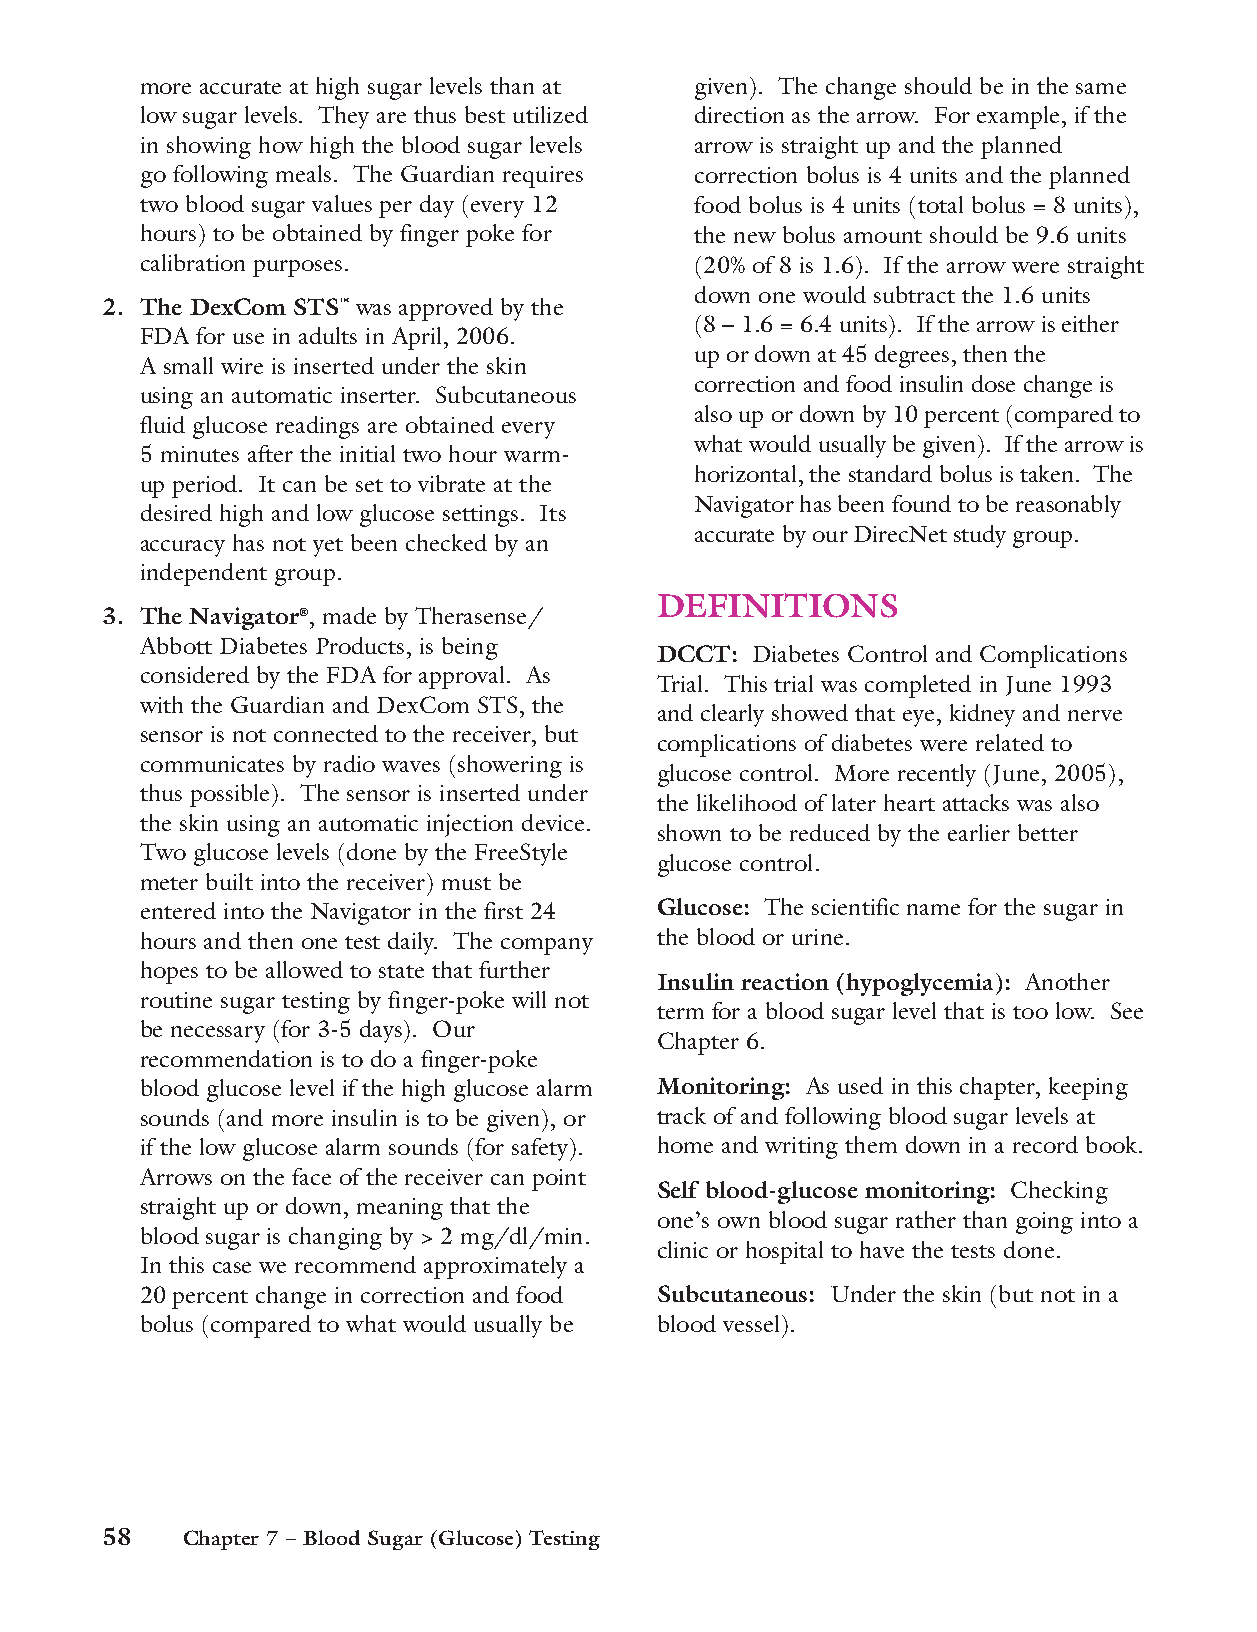
more accurate at high sugar levels than at given). The change should be in the same
 low sugar levels. They are thus best utilized direction as the arrow. For example, if the
 in showing how high the blood sugar levels arrow is straight up and the planned
 go following meals. The Guardian requires correction bolus is 4 units and the planned
 two blood sugar values per day (every 12 food bolus is 4 units (total bolus = 8 units),
 hours) to be obtained by finger poke for the new bolus amount should be 9.6 units
 calibration purposes.                (20% of 8 is 1.6). If the arrow were straight
 down one would subtract the 1.6 units
 2. The DexCom STS™ was approved by the
 (8 – 1.6 = 6.4 units). If the arrow is either
 FDA for use in adults in April, 2006.
 up or down at 45 degrees, then the
 A small wire is inserted under the skin
 correction and food insulin dose change is
 using an automatic inserter. Subcutaneous
 also up or down by 10 percent (compared to
 fluid glucose readings are obtained every
 what would usually be given). If the arrow is
 5 minutes after the initial two hour warm-
 horizontal, the standard bolus is taken. The
 up period. It can be set to vibrate at the
 Navigator has been found to be reasonably
 desired high and low glucose settings. Its
 accurate by our DirecNet study group.
 accuracy has not yet been checked by an
 independent group.
 DEFINITIONS
 3. The Navigator®, made by Therasense/
 Abbott Diabetes Products, is being
 DCCT:  Diabetes Control and Complications
 considered by the FDA for approval. As
 Trial. This trial was completed in June 1993
 with the Guardian and DexCom STS, the
 and clearly showed that eye, kidney and nerve
 sensor is not connected to the receiver, but
 complications of diabetes were related to
 communicates by radio waves (showering is
 glucose control. More recently (June, 2005),
 thus possible). The sensor is inserted under
 the likelihood of later heart attacks was also
 the skin using an automatic injection device.
 shown to be reduced by the earlier better
 Two glucose levels (done by the FreeStyle
 glucose control.
 meter built into the receiver) must be
 entered into the Navigator in the first 24 Glucose: The scientific name for the sugar in
 hours and then one test daily. The company the blood or urine.
 hopes to be allowed to state that further
 Insulin reaction (hypoglycemia): Another
 routine sugar testing by finger-poke will not
 term for a blood sugar level that is too low. See
 be necessary (for 3-5 days). Our
 Chapter 6.
 recommendation is to do a finger-poke
 blood glucose level if the high glucose alarm Monitoring: As used in this chapter, keeping
 sounds (and more insulin is to be given), or track of and following blood sugar levels at
 if the low glucose alarm sounds (for safety). home and writing them down in a record book.
 Arrows on the face of the receiver can point
 Self blood-glucose monitoring: Checking
 straight up or down, meaning that the
 one’s own blood sugar rather than going into a
 blood sugar is changing by > 2 mg/dl/min.
 clinic or hospital to have the tests done.
 In this case we recommend approximately a
 20 percent change in correction and food Subcutaneous: Under the skin (but not in a
 bolus (compared to what would usually be blood vessel).
 58   Chapter 7 – Blood Sugar (Glucose) Testing